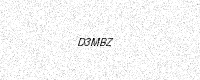
Text: D3MBZ